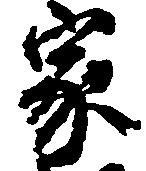
家